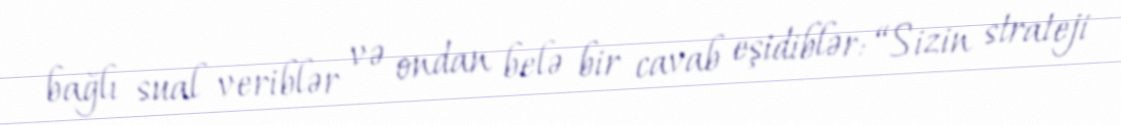
bağlı sual veriblər və ondan belə bir cavab eşidiblər: “Sizin strateji